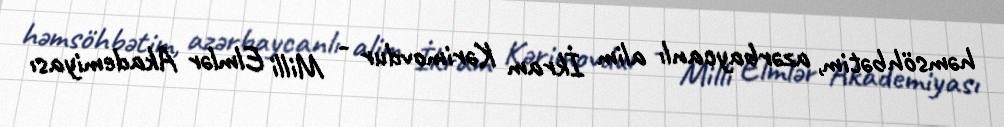
həmsöhbətim, azərbaycanlı alim İkram Kərimovdur - Milli Elmlər Akademiyası